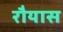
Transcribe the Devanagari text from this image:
रौयास